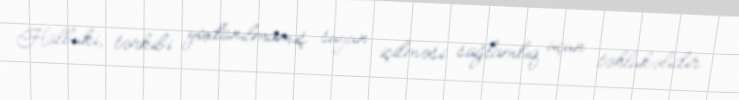
Halbuki, tərkibi yoxlanılmamış suyun içilməsi sağlamlıq üçün təhlükəlidir.